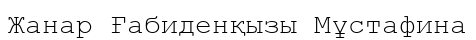
Жанар Ғабиденқызы Мұстафина